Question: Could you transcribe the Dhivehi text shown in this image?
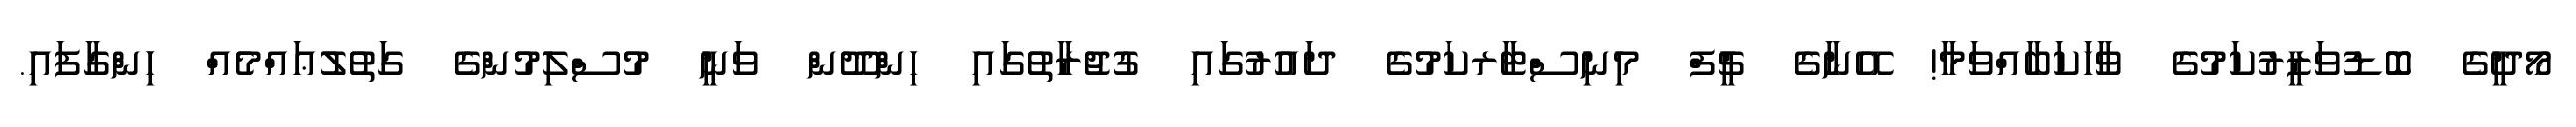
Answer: މޯދީގެ ބޮޮޑުވަޒީރުކަމުގެ ވާހަކަބާއްވަމާ! އޭނާގެ ޗީފް މިނިސްޓާރކަމުގެ ދައުރުގައި ގުޖުރާތުގައި ހިންދޫން ވަނީ މުސްލިމުންގެ ގަތުލުޢައްމެއް ހިންގާފައި.